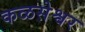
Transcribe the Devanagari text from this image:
कळसेश्वर